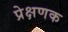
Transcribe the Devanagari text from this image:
प्रेक्षणक